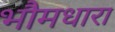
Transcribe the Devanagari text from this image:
भौमधारा